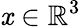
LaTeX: \mathit{x}\in\mathbb{{R}}^{3}